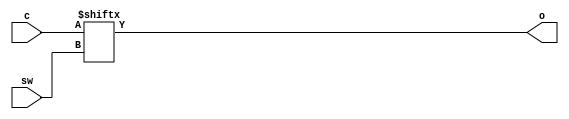
`timescale 1ns / 1ps
//////////////////////////////////////////////////////////////////////////////////
// Company: 
// Engineer: 
// 
// Design Name: 
// Module Name: MUX32to1
// Project Name: 
// Target Devices: 
// Tool Versions: 
// Description: 
// 
// Dependencies: 
// 
// Revision:
// Revision 0.01 - File Created
// Additional Comments:
// 
//////////////////////////////////////////////////////////////////////////////////


module MUX32to1(
    input [31:0]c,
    input [4:0]sw,
    output o
    );
    assign o = c[sw];
endmodule